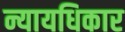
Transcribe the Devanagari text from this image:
न्यायधिकार